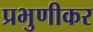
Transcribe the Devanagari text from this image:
प्रभुणीकर